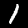
Label: 1